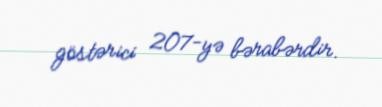
göstərici 207-yə bərabərdir.